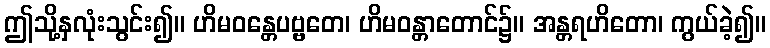
ဤသို့နှလုံးသွင်း၍။ ဟိမဝန္တေပဗ္ဗတေ၊ ဟိမဝန္တာတောင်၌။ အန္တရဟိတော၊ ကွယ်ခဲ့၍။